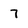
Character: 7